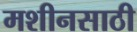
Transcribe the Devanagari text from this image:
मशीनसाठी